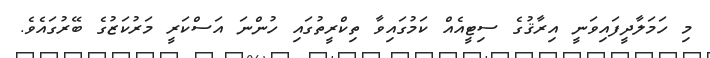
މި ހަމަލާދީފައިވަނީ އިރާޤުގެ ސިޓީއެއް ކަމުގައިވާ ތިކްރީތުގައި ހުންނަ އަސްކަރީ މަރުކަޒުގެ ބޭރުގައެވެ.